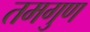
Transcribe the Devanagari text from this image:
तमगुण